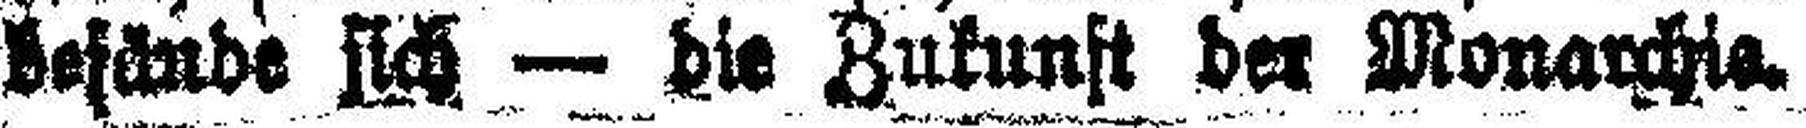
befände sich — die Zukunft der Monarchie.